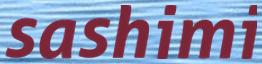
sashimi